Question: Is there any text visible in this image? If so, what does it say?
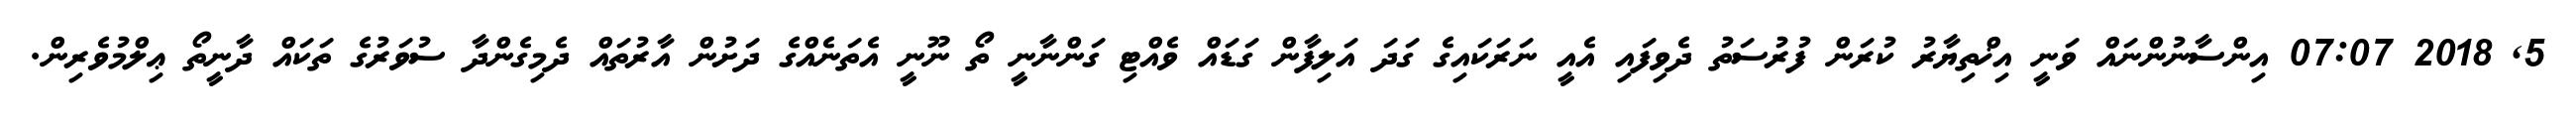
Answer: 5, 2018 07:07 އިންސާނުންނައް ވަނީ އިޚްތިޔާރު ކުރަން ފުރުސަތު ދެވިފައި އެއީ ނަރަކައިގެ ގަދަ އަލިފާން ގަޑައް ވެއްޓި ގަންނާނީ ތޯ ނޫނީ އެތަނެއްގެ ދަށުން އާރުތައް ދެމިގެންދާ ސުވަރުގެ ތަކައް ދާނީތޯ ޢިލްމުވެރިން.